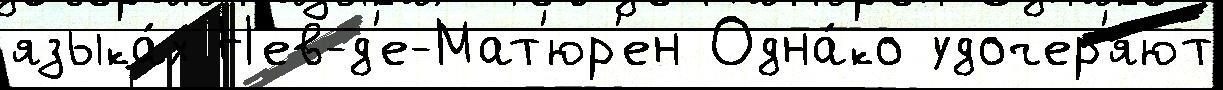
языка́х Н'ев-д'е-Мат'юр'ен Одна́ко удочер'я́ют